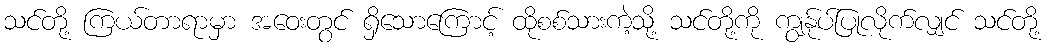
သင်တို့ ကြယ်တာရာမှာ အဝေးတွင် ရှိသောကြောင့် ထိုစစ်သားကဲ့သို့ သင်တို့ကို ကျွန်ုပ်ပြုလိုက်လျှင် သင်တို့